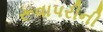
રૂવાપરીની